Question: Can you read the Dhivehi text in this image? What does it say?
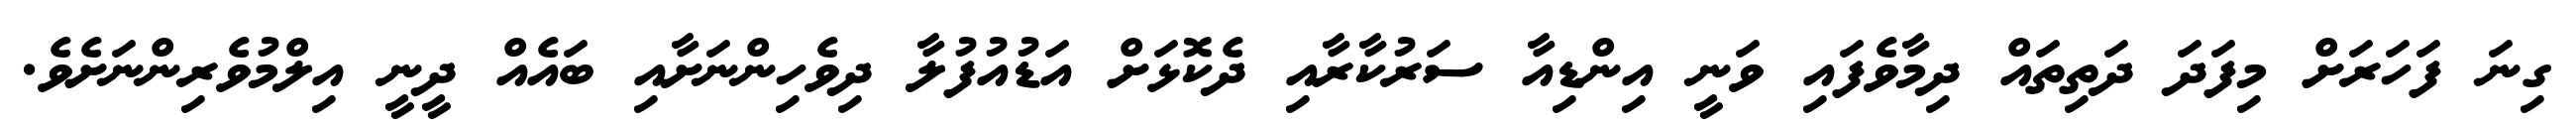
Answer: ގިނަ ފަހަރަށް މިފަދަ ދަތިތައް ދިމާވެފައި ވަނީ އިންޑިއާ ސަރުކާރާއި ދެކޮޅަށް އަޑުއުފުލާ ދިވެހިންނަށާއި ބައެއް ދީނީ އިލްމުވެރިންނަށެވެ.